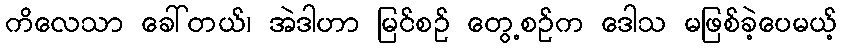
ကိလေသာ ခေါ်တယ်၊ အဲဒါဟာ မြင်စဉ် တွေ့စဉ်က ဒေါသ မဖြစ်ခဲ့ပေမယ့်